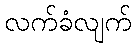
လက်ခံလျက်